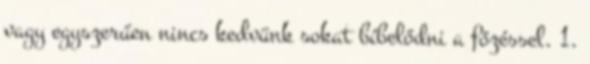
vagy egyszerűen nincs kedvünk sokat bíbelődni a főzéssel. 1.